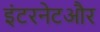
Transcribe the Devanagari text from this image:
इंटरनेटऔर